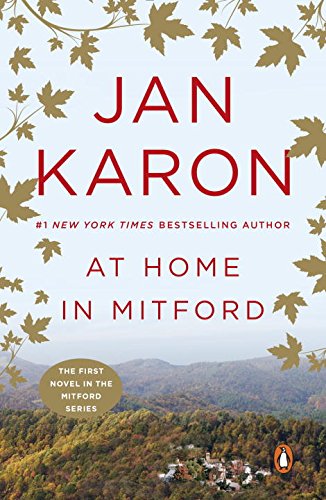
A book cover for At Home in Mitford (The Mitford Years, Book 1); Jan Karon; Literature & Fiction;